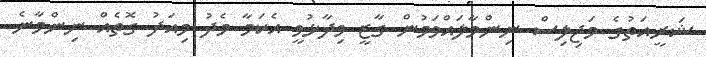
ޝަރީއަތުގެ މަޖިލިސް ނިންމާލައްވަމުން ގާޒީ ވިދާޅުވީ އެކަމާ މެދު މިއަދު ގޮތެއް ނިންމާނެ